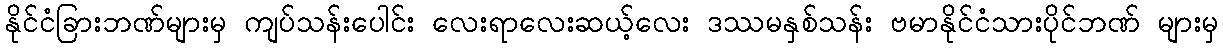
နိုင်ငံခြားဘဏ်များမှ ကျပ်သန်းပေါင်း လေးရာလေးဆယ့်လေး ဒဿမနှစ်သန်း ဗမာနိုင်ငံသားပိုင်ဘဏ် များမှ